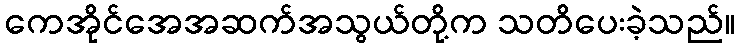
ကေအိုင်အေအဆက်အသွယ်တို့က သတိပေးခဲ့သည်။